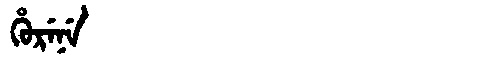
Manchu: ᡥᡠᡵᡝᠨᡝ
Romanization: HURENE